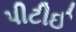
પીટીઈ